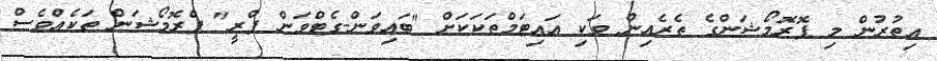
އިތުރުން މި ޕޮރޮމޯޝަންގެ ތެރެއިން ވަކި އައިޓަމްތަކަކަށް "ބައިވަން-ގެޓްވަން ފްރީ" ޕްރޮމޯޝަން ތަކެއްވެސް